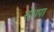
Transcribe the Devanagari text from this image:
सेंधपा